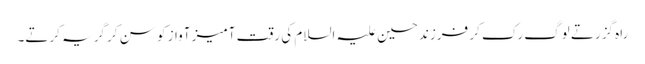
راہ گزرتے لوگ رک کر فرزند حسین علیہ السلام کی رقت آمیز آواز کو سن کر گریہ کرتے۔